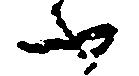
ふ